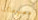
معلوماتنا